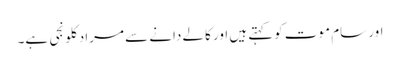
اور سام موت کوکہتے ہیں اور کالے دانے سے مراد کلونجی ہے۔